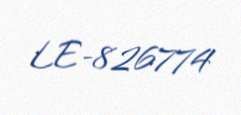
LE-826774